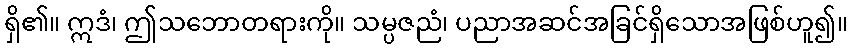
ရှိ၏။ ဣဒံ၊ ဤသဘောတရားကို။ သမ္ပဇညံ၊ ပညာအဆင်အခြင်ရှိသောအဖြစ်ဟူ၍။